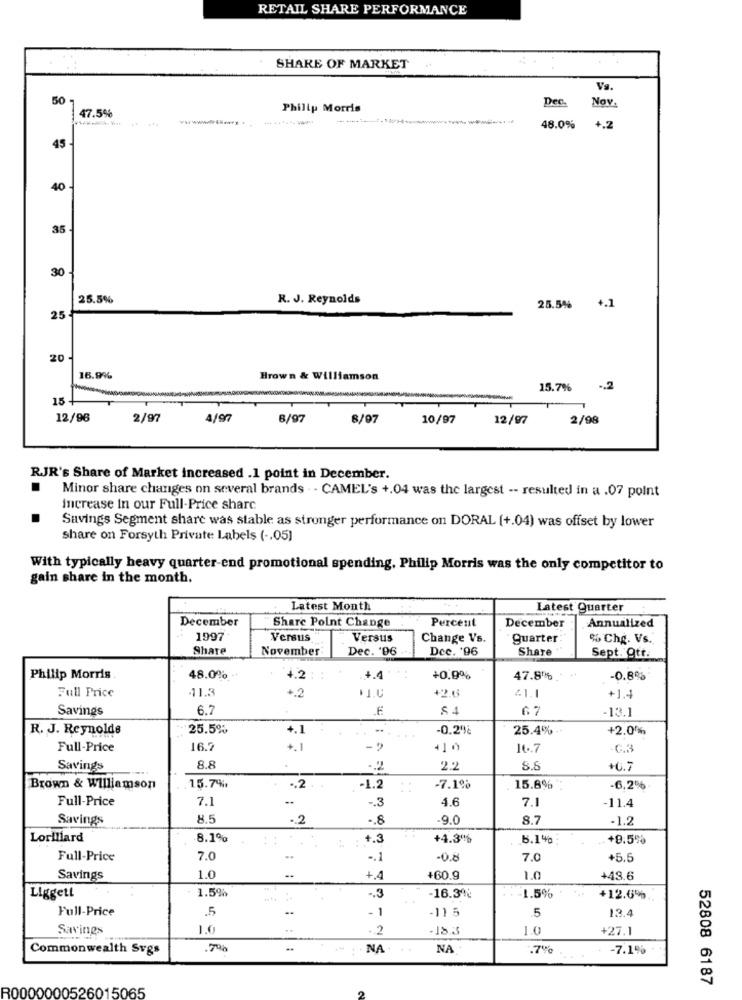
RETAIL SHARE PERFORMANCE
SHARE OF MARKET
Vs.
50
Dec
Nov.
47.5%
Philip Morris
48.0%
+.2
45 -
40
35
30
25.5%
R. J. Reynolds
25.5% +.1
25
20
16.9%
Brown & Williamson
15.7%
.. 2
15
12/96
2/97
4/97
6/97
8/97
10/97
12/97
2/98
RJR's Share of Market increased .1 point in December.
.
Minor share changes on several brands . - CAMEL's +.04 was the largest -- resulted in a .07 point
increase in our Full-Price sharc
Savings Segment share was stable as stronger performance on DORAL [+.04) was offset by lower
share on Forsyth Private Labels ( -. 05]
With typically heavy quarter-end promotional spending, Philip Morris was the only competitor to
gain share in the month.
Latest Month
Latest Quarter
December
December
Share Point Change
Percent
Annualized
1997
Versus
Versus
Change Vs.
guarter
% Che. Vs.
Share
November
Dec. '06
Dec. '96
Share
Sept. Ott.
Philip Morris .
48.0% -
4.2 :
.4.4
+0.9%
47.8% .
-0.8%
Full Price
11.3
+2
+2.6
21.1
+1.4
Savings
6.7
$4
67
-13.1
R. J. Reynolds
25.5%
+.1
-
-0.2%
25.4%
+2.0%
Full-Price
16.7
+1
16.7
-C.3
Savings
8.8
-2
2 .:
+0.7
Brown & Williamson
15.7%
-. 2.
-1.2
-7.1%
15.6%
-6,2%
Full-Price
7.1
-. 3
4.6
7.1
-11.4
Savings
8.5
-2
.. 8
.9.0
8.7
-1.2
Lorillard
.8.1%
: 1.3
+4.3%
6.1%
+8.5%
Full-Price
7.0
-. 1
-0.8
7.0
+5.5
Savings
1.0
+.4
+60.9
1.0
+43.6
Liggett
1.5%
.. 3
16.3%
1.5%
+12.6%
Full-Price
.5
- 1
-115
.5
13.4
Savings
1.0
.2
-18.3
1.0
+27.1
Commonwealth Svgs
NA
NA
.7%
-7.1%
52808 6187
R0000000526015065